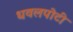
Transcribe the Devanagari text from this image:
धवलपोटी